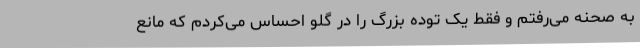
به صحنه می‌رفتم و فقط یک توده بزرگ را در گلو احساس می‌کردم که مانع